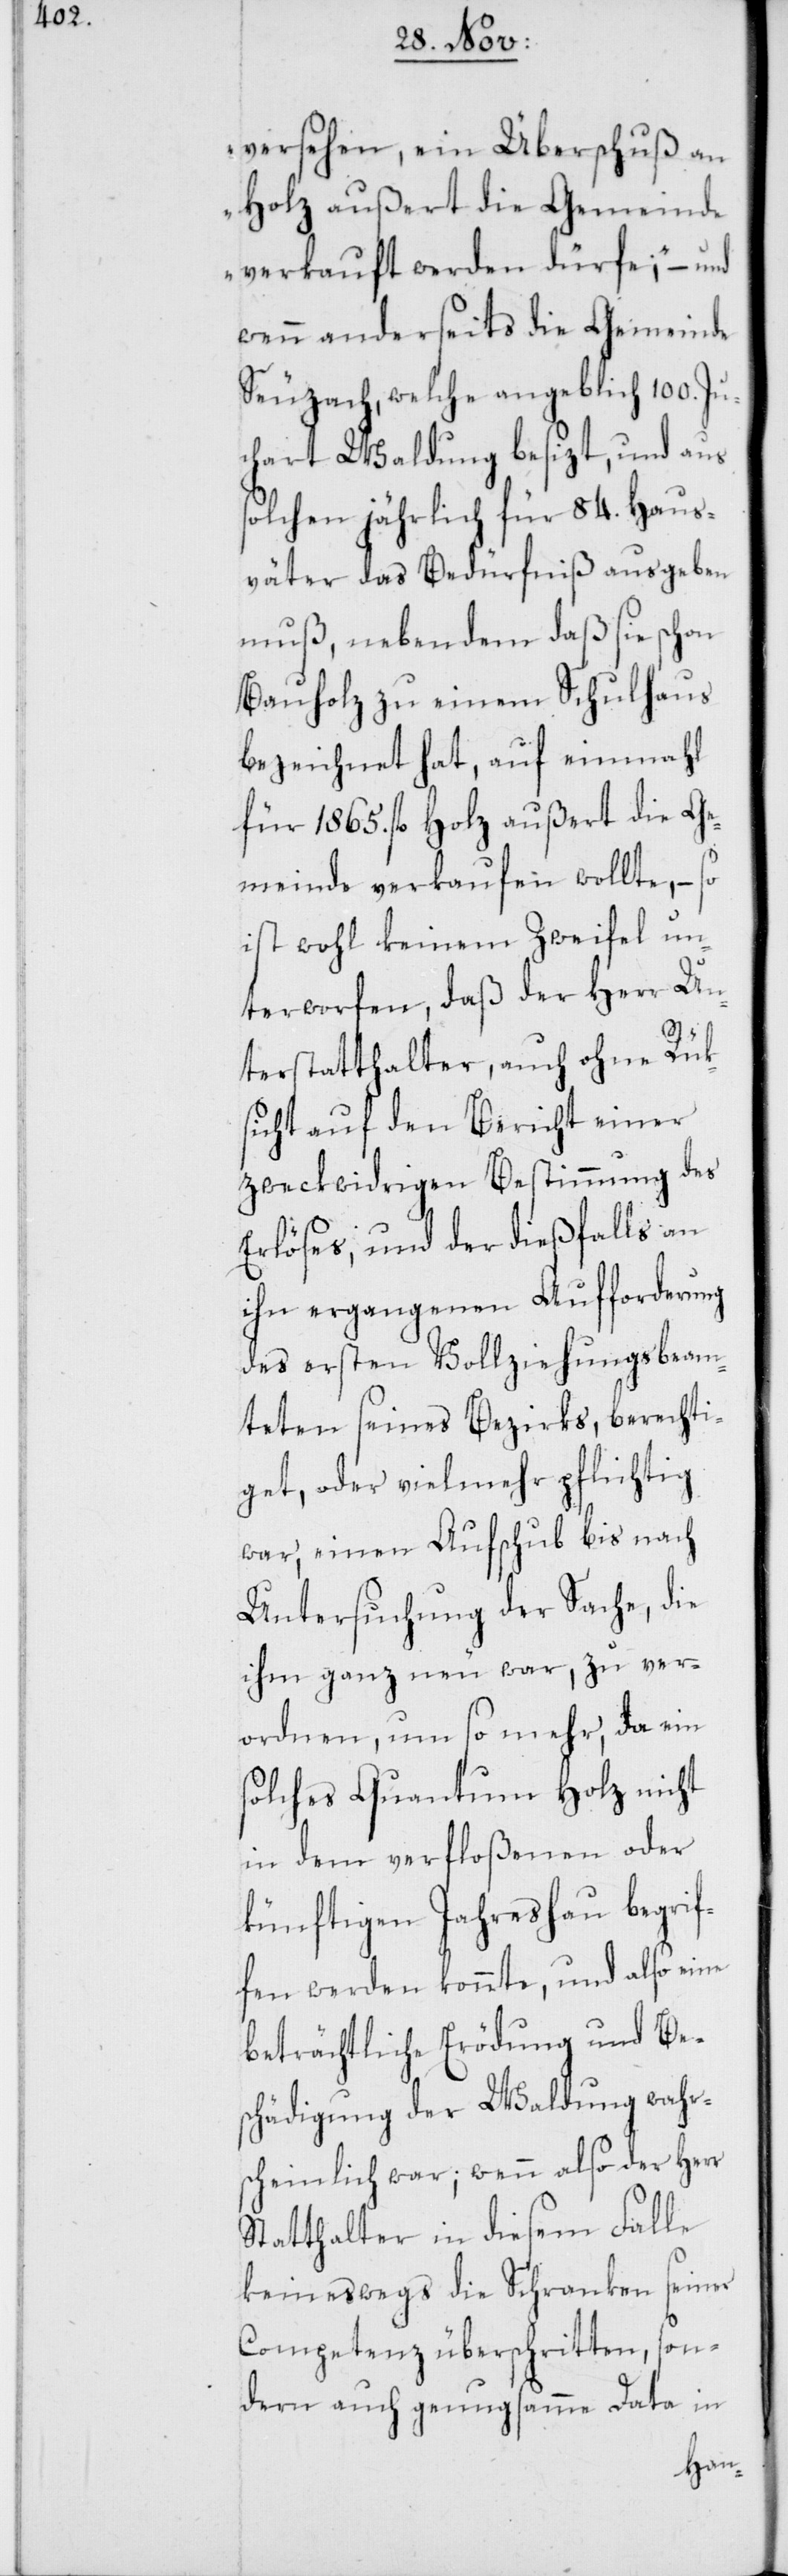
versehen, ein Überschuß an
Holz außert die Gemeinde
verkauft werden dürfe;“ – und
wenn anderseits die Gemeinde
Seuzach, welche angeblich 100. Ju¬
chart Waldung besizt, und aus
solchen jährlich für 84. Haus¬
väter das Bedürfniß ausgeben
muß, neben dem daß sie schon
Bauholz zu einem Schulhaus
bezeichnet hat, auf einmahl
für 1865. fl. Holz außert die Ge¬
meinde verkaufen wollte, – so
ist wohl keinem Zweifel un¬
terworfen, daß der Herr Un¬
terstatthalter, auch ohne Rük¬
sicht auf den Bericht einer
zweckwidrigen Bestimmung des
Erlöses, und der dießfalls an
ihn ergangenen Aufforderung
des ersten Vollziehungsbeam¬
teten seines Bezirks, berechti¬
get, oder vielmehr pflichtig
war, einen Aufschub bis nach
Untersuchung der Sache, die
ihm ganz neu war, zu ver¬
ordnen, um so mehr, da ein
solches Quantum Holz nicht
in dem verfloßenen oder
künftigen Jahreshau begrif¬
fen werden konnte, und also eine
beträchtliche Erödung und Be¬
schädigung der Waldung wahr¬
scheinlich war; wenn also der Herr
Statthalter in diesem Falle
keineswegs die Schranken seiner
Competenz überschritten, son¬
dern auch genugsamme Data in